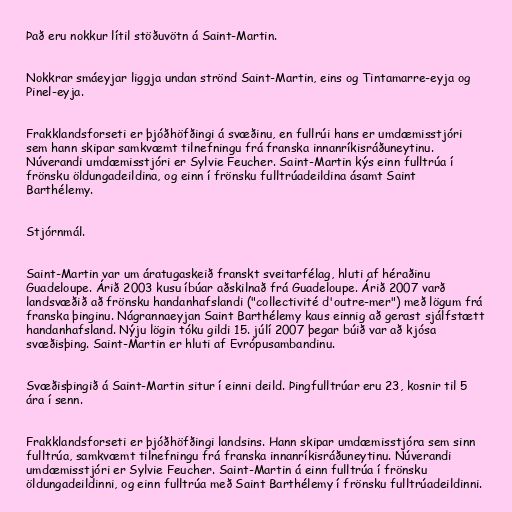
Það eru nokkur lítil stöðuvötn á Saint-Martin.

Nokkrar smáeyjar liggja undan strönd Saint-Martin, eins og Tintamarre-eyja og
Pinel-eyja.

Frakklandsforseti er þjóðhöfðingi á svæðinu, en fullrúi hans er umdæmisstjóri
sem hann skipar samkvæmt tilnefningu frá franska innanríkisráðuneytinu.
Núverandi umdæmisstjóri er Sylvie Feucher. Saint-Martin kýs einn fulltrúa í
frönsku öldungadeildina, og einn í frönsku fulltrúadeildina ásamt Saint
Barthélemy.

Stjórnmál.

Saint-Martin var um áratugaskeið franskt sveitarfélag, hluti af héraðinu
Guadeloupe. Árið 2003 kusu íbúar aðskilnað frá Guadeloupe. Árið 2007 varð
landsvæðið að frönsku handanhafslandi ("collectivité d'outre-mer") með lögum frá
franska þinginu. Nágrannaeyjan Saint Barthélemy kaus einnig að gerast sjálfstætt
handanhafsland. Nýju lögin tóku gildi 15. júlí 2007 þegar búið var að kjósa
svæðisþing. Saint-Martin er hluti af Evrópusambandinu.

Svæðisþingið á Saint-Martin situr í einni deild. Þingfulltrúar eru 23, kosnir til 5
ára í senn.

Frakklandsforseti er þjóðhöfðingi landsins. Hann skipar umdæmisstjóra sem sinn
fulltrúa, samkvæmt tilnefningu frá franska innanríkisráðuneytinu. Núverandi
umdæmisstjóri er Sylvie Feucher. Saint-Martin á einn fulltrúa í frönsku
öldungadeildinni, og einn fulltrúa með Saint Barthélemy í frönsku fulltrúadeildinni.